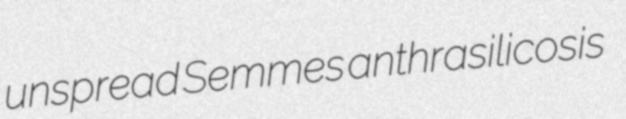
unspread Semmes anthrasilicosis